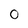
Character: 0